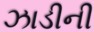
ઝાડીની